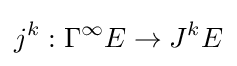
j^{k}:\Gamma ^{\infty }E\rightarrow J^{k}E